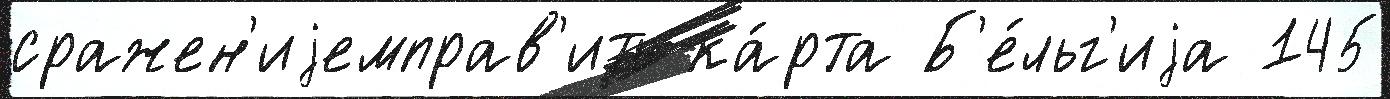
сражен'иjемправ'ить ка́рта Б'е́льг'иjа 145